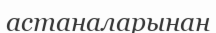
астаналарынан